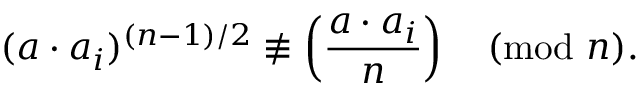
( a \cdot a _ { i } ) ^ { ( n - 1 ) / 2 } \not \equiv \left( { \frac { a \cdot a _ { i } } { n } } \right) { \pmod { n } } .